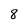
Character: 8